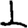
Digit: 1